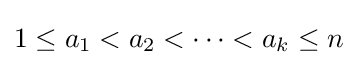
1\leq a_{1}<a_{2}<\cdots <a_{k}\leq n